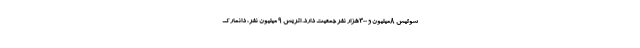
سوئیس 8میلیون و 300هزار نفر جمعیت دارد. اتریش 9 میلیون نفر، دانمارک